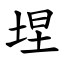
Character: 㘿